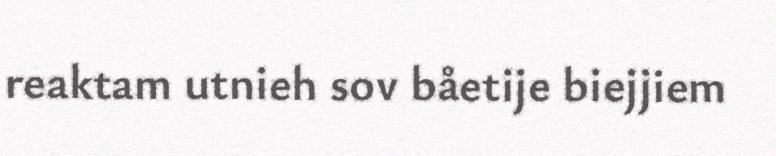
reaktam utnieh sov båetije biejjiem